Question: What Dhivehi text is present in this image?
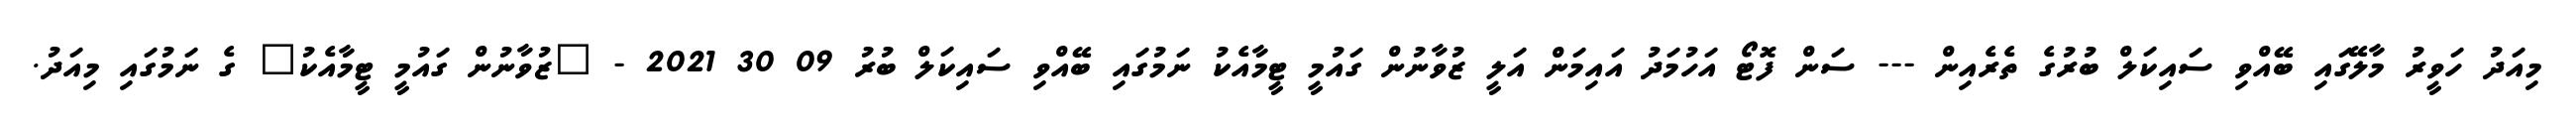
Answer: މިއަދު ހަވީރު މާލޭގައި ބޭއްވި ސައިކަލް ބުރުގެ ތެރެއިން --- ސަން ފޮޓޯ އަހުމަދު އައިމަން އަލީ ޒުވާނުން ގައުމީ ޓީމާއެކު ނަމުގައި ބޭއްވި ސައިކަލް ބުރު 09 30 2021 - "ޒުވާނުން ގައުމީ ޓީމާއެކު" ގެ ނަމުގައި މިއަދު.